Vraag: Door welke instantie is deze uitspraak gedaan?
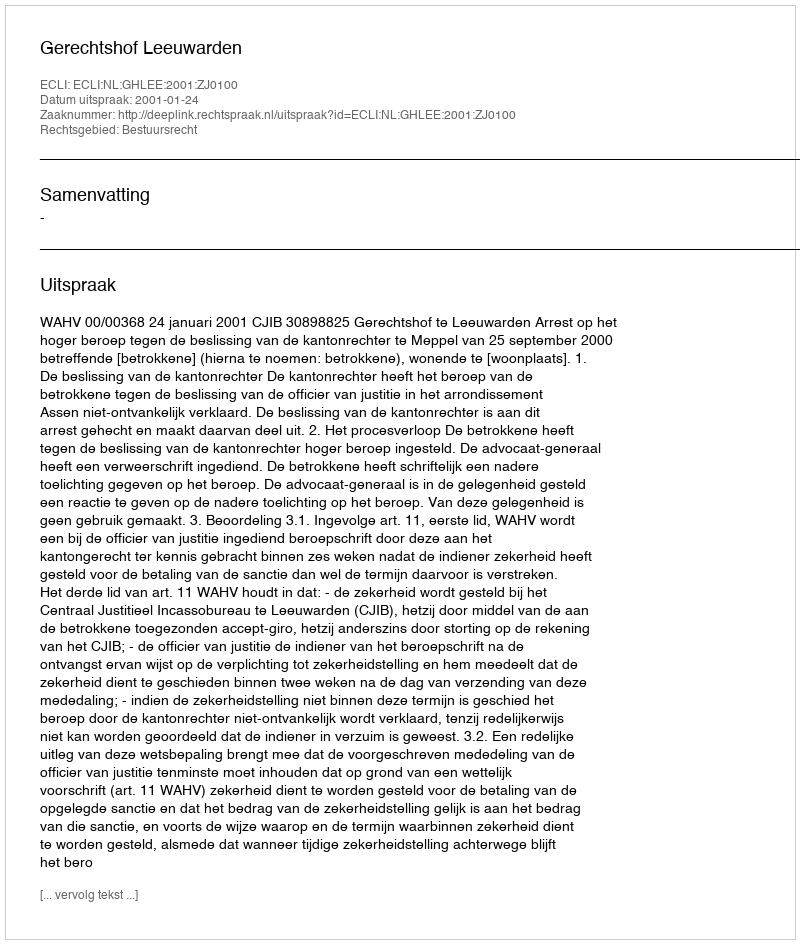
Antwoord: Gerechtshof Leeuwarden